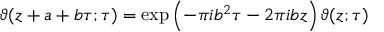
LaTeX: \vartheta ( z + a + b \tau ; \tau ) = \exp \left( - \pi i b ^ { 2 } \tau - 2 \pi i b z \right) \vartheta ( z ; \tau )